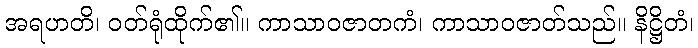
အရဟတိ၊ ဝတ်ရုံထိုက်၏။ ကာသာဝဇာတကံ၊ ကာသာဝဇာတ်သည်။ နိဋ္ဌိတံ၊